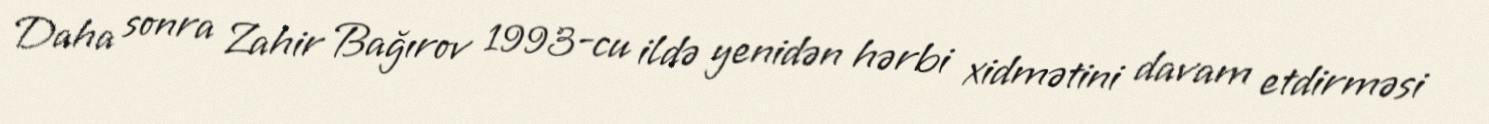
Daha sonra Zahir Bağırov 1993-cu ildə yenidən hərbi xidmətini davam etdirməsi